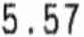
5.57